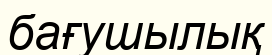
бағушылық